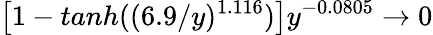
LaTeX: \left[1-tanh((6.9/y)^{1.116})\right]y^{-0.0805}\rightarrow 0